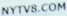
NYTV8.COM